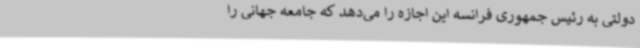
دولتی به رئیس جمهوری فرانسه این اجازه را می‌دهد که جامعه جهانی را